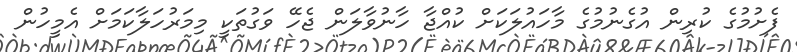
ފެށުމުގެ ކުރިން އުގެނުމުގެ މާހައުލަކަށް ކުއްޖާ ހާނުވާލަން ޖެހޭ ވަގުތަކީ މިމަރުހަލާކަމަށް އެމީހުން